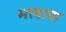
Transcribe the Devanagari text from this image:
भरवाया